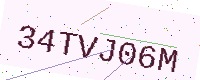
Text: 34TVJ06M